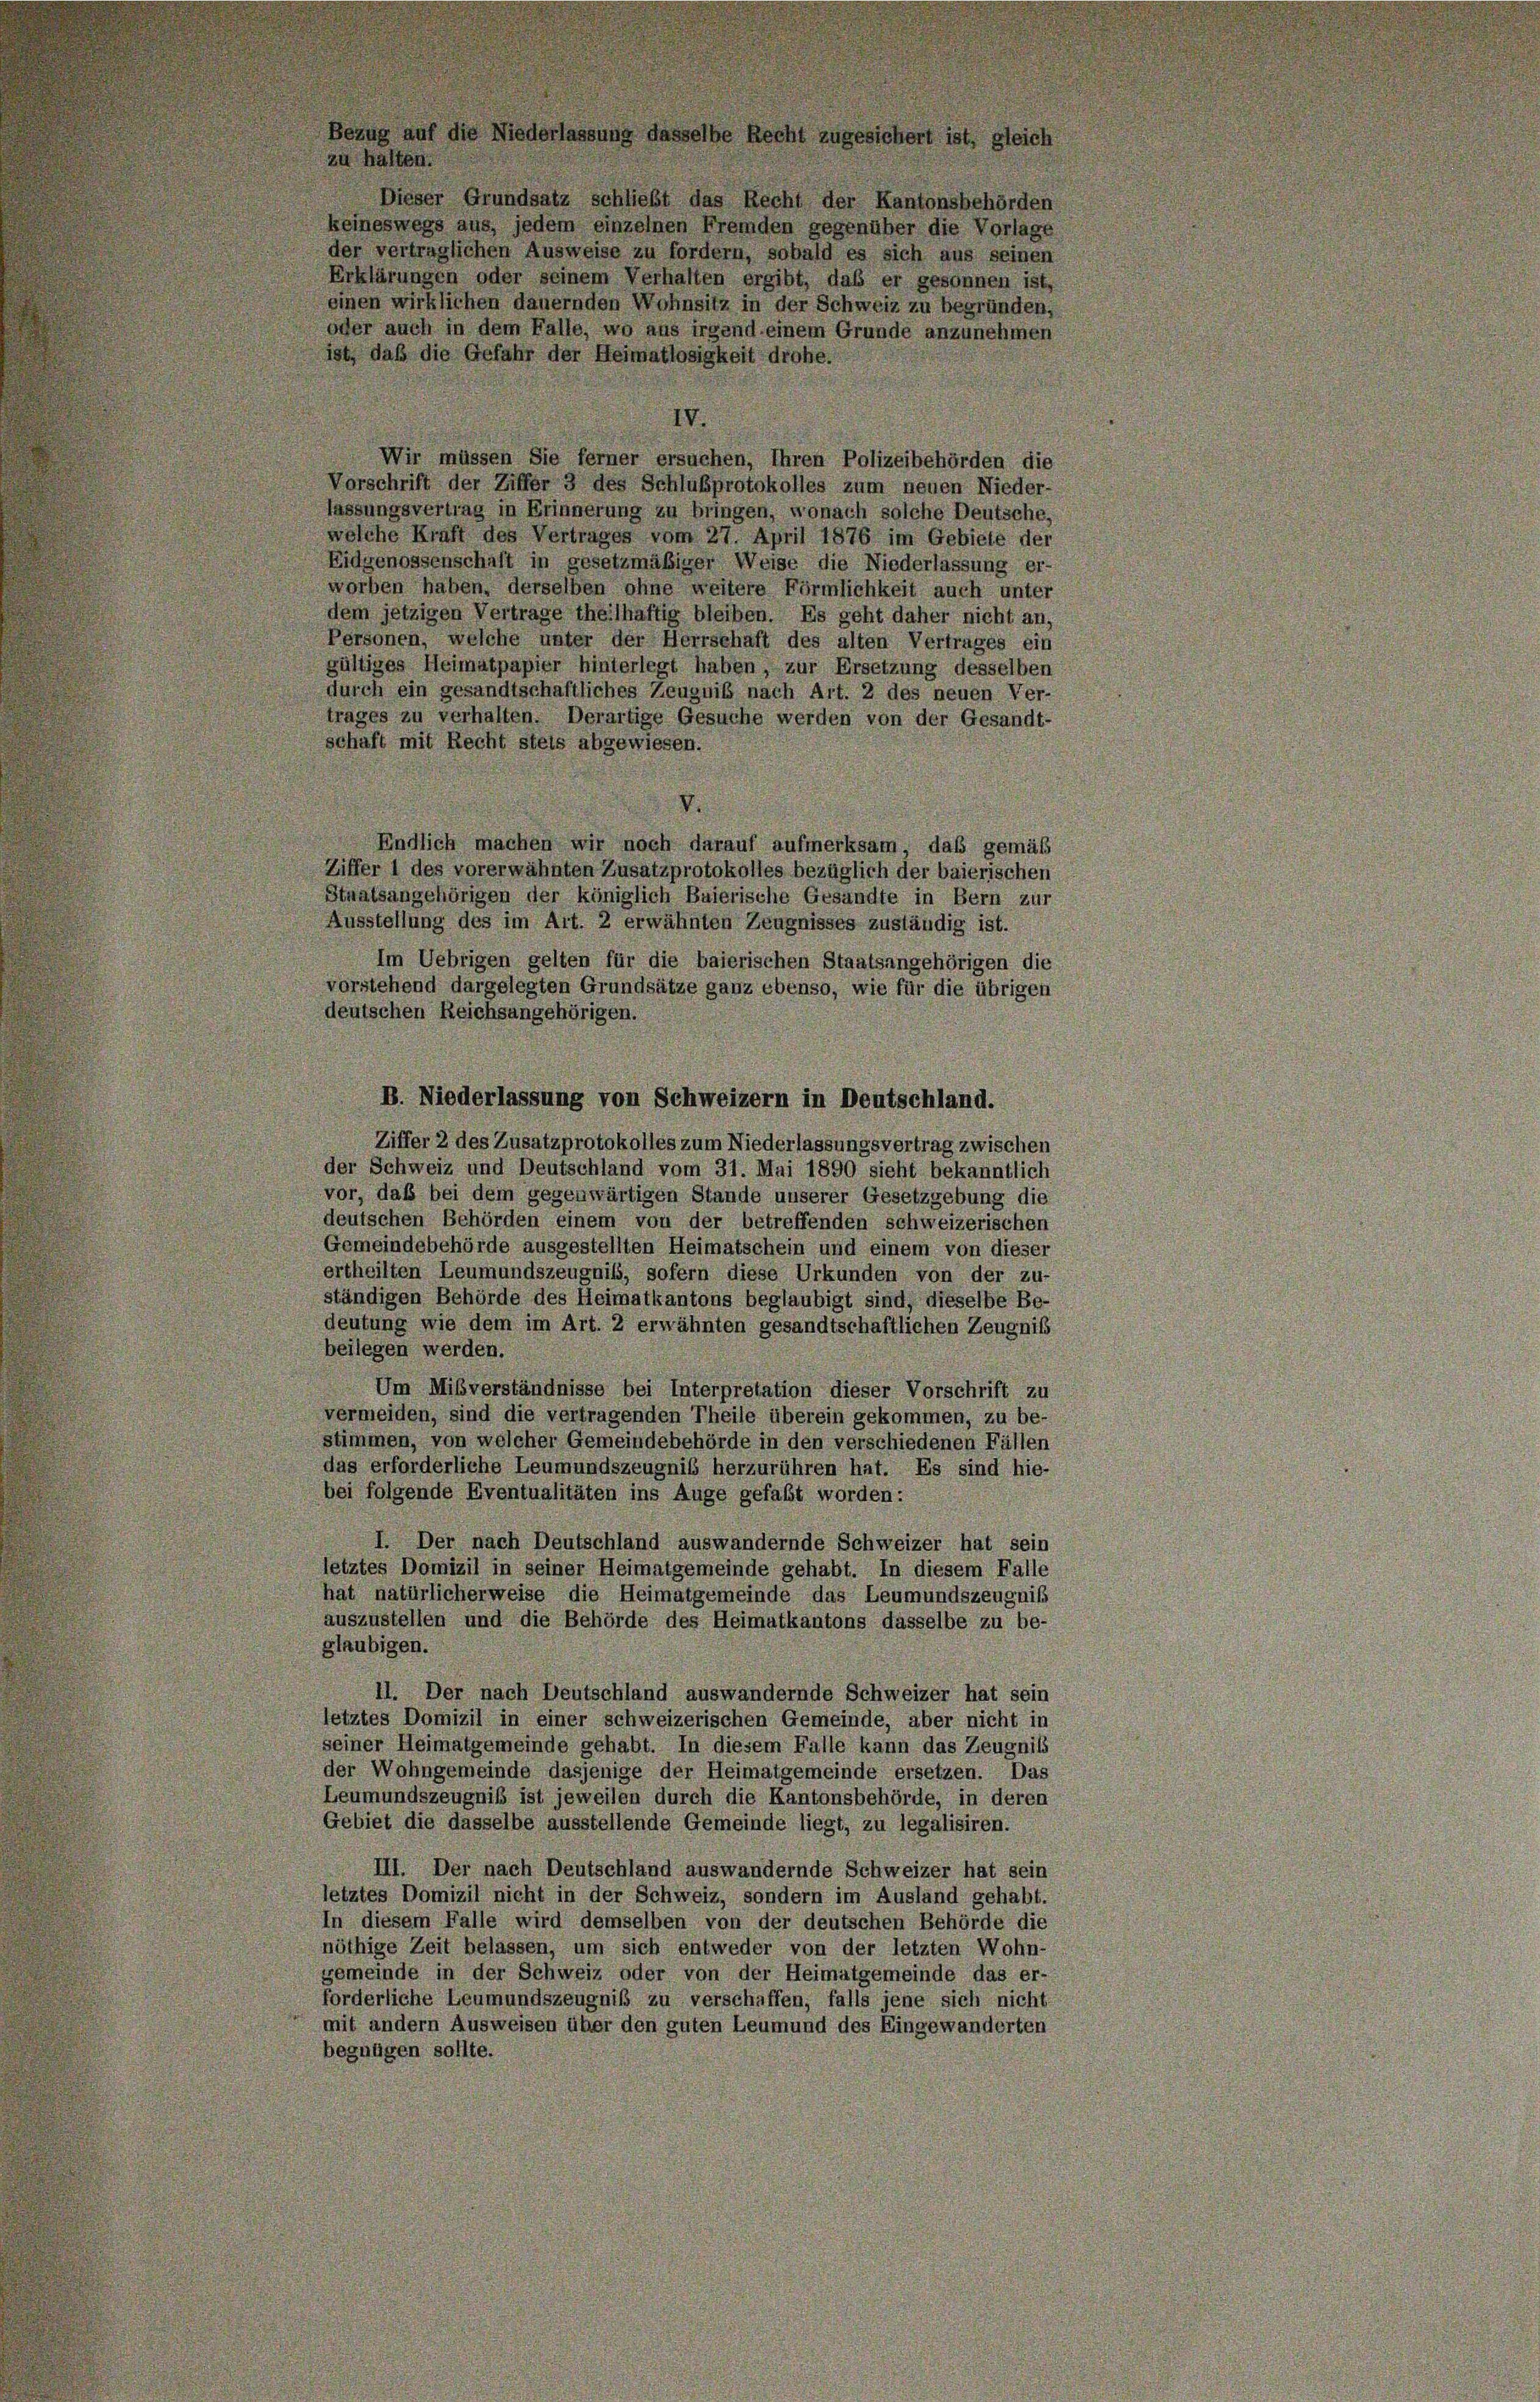
Bezug auf die Niederlassung dasselbe Recht zugesichert ist, gleic
zu halten.
Dieser Grundsatz schließt das Recht der Kantonsbehörden
keineswegs aus, jedem einzelnen Fremden gegenüber die Vorlage
der vertraglichen Ausweise zu fordern, sobald es sich aus seinen
einen wirklichen dauernden Wohnsitz in der Schweiz zu begründen,
IV
Wir müssen Sie ferner ersuchen, ihren Polizeibehörden die
Vorschrift der Ziffer 3 des Schlußprotokolles zum neuen Nieder-
fassungsvertrag in Erinnerung zu bringen, wonach solche Deutsche,
welche Kraft des Vertrages vom 27. April 1876 im Gebiete der
Eidgenossenschaft in gesetzmäßiger Weise die Niederlassung er-
worben haben, derselben ohne weitere Förmlichkeit auch unter
dem jetzigen Vertrage theilhaftig bleiben. Es geht daher nicht an,
Personen, welche unter der Herrschaft des alten Vertrages ein
gültiges Heimatpapier hinterlegt haben, zur Ersetzung desselben
durch ein gesandtschaftliches Zeugnis nach Art. 2 des neuen Ver-
trages zu verhalten. Derartige Gesuche werden von der Gesandt-
schaft mit Recht steis abgewiesen.
Endlich machen wir noch darauf aufmerksam, daß gemäß
Ziffer 1 des vorerwähnten Zusatzprotokolles bezüglich der baierischen
Staatsangehörigen der königlich Baierische Gesandte in Bern zur
Ausstellung des im Art. 2 erwähnten Zeugnisses zuständig ist.
Im Uebrigen gelten für die baierischen Staatsangehörigen die
vorstehend dargelegten Grundsätze ganz ebenso, wie für die übrigen
deutschen Reichsangehörigen.
B. Niederlassung von Schweizern in Deutschland.
Ziffer 2 des Zusatzprotokolles zum Niederlassungsvertrag zwischen
der Schweiz und Deutschland vom 31. Mai 1890 sieht bekanntlich
vor, daß bei dem gegenwärtigen Stande unserer Gesetzgebung die
deutschen Behörden einem von der betreffenden schweizerischen
Gemeindebehörde ausgestellten Heimatschein und einem von dieser
ertheilten Leumundszeugniß, sofern diese Urkunden von der zu-
ständigen Behörde des Heimatkantons beglaubigt sind, dieselbe Be-
deutung wie dem im Art. 2 erwähnten gesandtschaftlichen Zeugniß
beilegen werden.
Um Mißverständnisse bei Interpretation dieser Vorschrift zu
vermeiden, sind die vertragenden Theile überein gekommen, zu be-
stimmen, von welcher Gemeindebehörde in den verschiedenen Fällen
das erforderliche Leumundszeugnis herzurühren hat. Es sind hie-
bei folgende Eventualitäten ins Auge gefaßt worden:
I. Der nach Deutschland auswandernde Schweizer hat sein
letztes Domizil in seiner Heimatgemeinde gehabt. In diesem Falle
hat natürlicherweise die Heimatgemeinde das Leumundszeugniß
auszustellen und die Behörde des Heimatkantons dasselbe zu be-
glaubigen.
II. Der nach Deutschland auswandernde Schweizer hat sein
letztes Domizil in einer schweizerischen Gemeinde, aber nicht in
seiner Heimatgemeinde gehabt. In diesem Falle kann das Zeugnis
der Wohngemeinde dasjenige der Heimatgemeinde ersetzen. Das
Leumundszeugniß ist jeweilen durch die Kantonsbehörde, in deren
Gebiet die dasselbe ausstellende Gemeinde liegt, zu legalisiren.
III. Der nach Deutschland auswandernde Schweizer hat sein
letztes Domizil nicht in der Schweiz, sondern im Ausland gehabt.
In diesem Falle wird demselben von der deutschen Behörde die
nöthige Zeit belassen, um sich entweder von der letzten Wohn-
gemeinde in der Schweiz oder von der Heimatgemeinde das er-
forderliche Leumundszeugniß zu verschaffen, falls jene sich nicht
mit andern Ausweisen über den guten Leumund des Eingewanderten
begnügen sollte.

Erklärungen oder seinem Verhalten ergibt, daß er gesonnen ist,
oder auch in dem Falle, wo aus irgend einem Grunde anzunehmen
ist, daß die Gefahr der Heimatlosigkeit drohe.